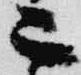
二